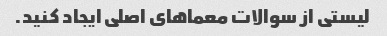
لیستی از سوالات معماهای اصلی ایجاد کنید.